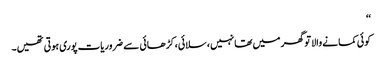
‘‘
کوئی کمانے والا تو گھر میں تھا نہیں، سلائی، کڑھائی سے ضروریات پوری ہوتی تھیں۔